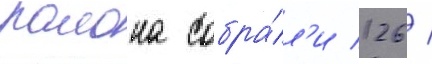
раиона собра́л'и 126 /